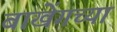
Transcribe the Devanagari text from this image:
बाखेंगच्या